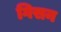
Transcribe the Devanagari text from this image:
गिसन